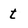
Character: t